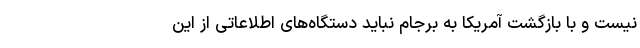
نیست و با بازگشت آمریکا به برجام نباید دستگاه‌های اطلاعاتی از این